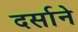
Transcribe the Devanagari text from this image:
दर्साने